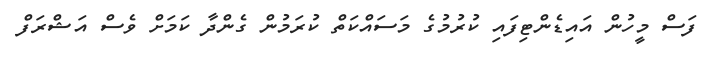
ފަސް މީހުން އައިޑެންޓިފައި ކުރުމުގެ މަސައްކަތް ކުރަމުން ގެންދާ ކަމަށް ވެސް އަޝްރަފް